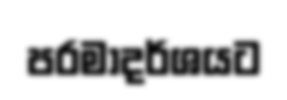
පරමාදර්ශයට